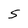
Character: 5